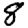
Digit: 8